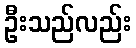
ဦးသည်လည်း